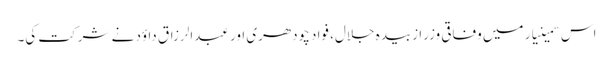
اس سمینیار میں وفاقی وزرا زبیدہ جلال، فواد چودھری اور عبدالرزاق داؤد نے شرکت کی۔